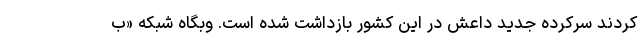
کردند سرکرده جدید داعش در این کشور بازداشت شده است. وبگاه شبکه «ب